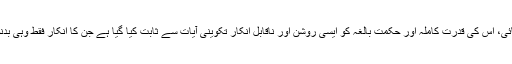
اس کے بعد اللہ تعالیٰ کی وحدانیت، اس کی عظمت و کبریائی، اس کی قدرت کاملہ اور حکمت بالغہ کو ایسی روشن اور ناقابل انکار تکوینی آیات سے ثابت کیا گیا ہے جن کا انکار فقط وہی بدنصیب کرسکتا ہے جس نے عقل و فہم کا چراغ بجھا دیا ہو۔